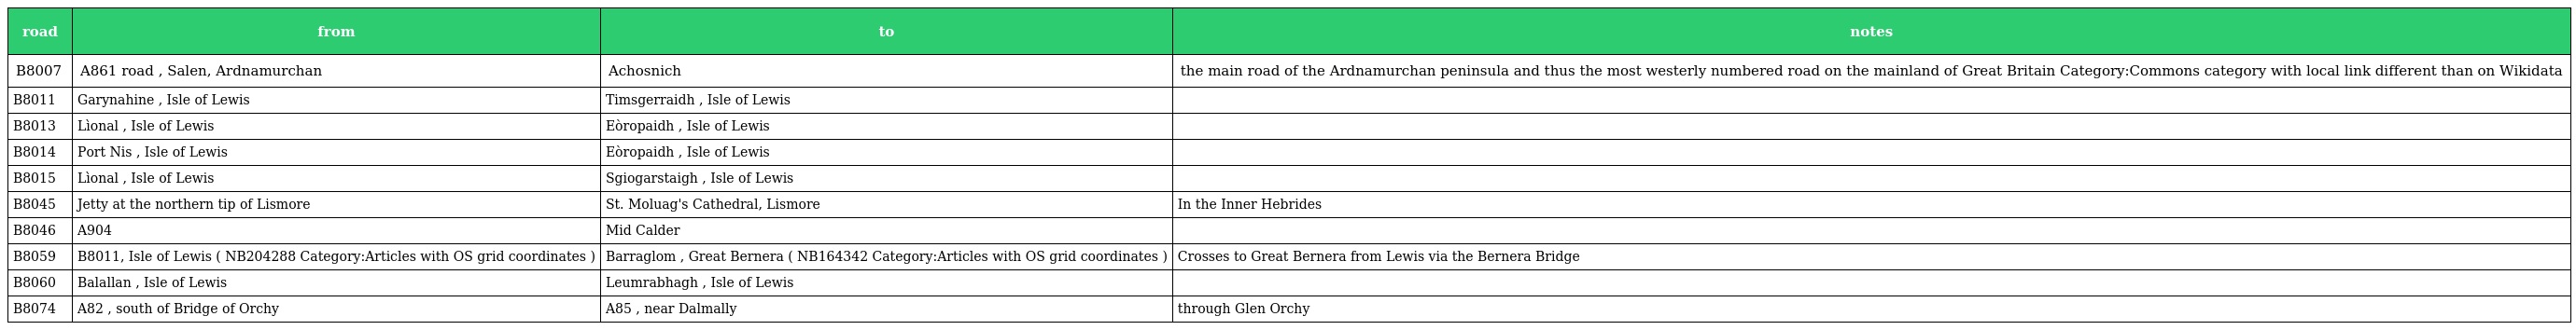
| road | from | to | notes |
 | --- | --- | --- | --- |
 | B8007 | A861 road , Salen, Ardnamurchan | Achosnich | the main road of the Ardnamurchan peninsula and thus the most westerly numbered road on the mainland of Great Britain Category:Commons category with local link different than on Wikidata |
 | B8011 | Garynahine , Isle of Lewis | Timsgerraidh , Isle of Lewis |  |
 | B8013 | Lìonal , Isle of Lewis | Eòropaidh , Isle of Lewis |  |
 | B8014 | Port Nis , Isle of Lewis | Eòropaidh , Isle of Lewis |  |
 | B8015 | Lìonal , Isle of Lewis | Sgiogarstaigh , Isle of Lewis |  |
 | B8045 | Jetty at the northern tip of Lismore | St. Moluag's Cathedral, Lismore | In the Inner Hebrides |
 | B8046 | A904 | Mid Calder |  |
 | B8059 | B8011, Isle of Lewis ( NB204288 Category:Articles with OS grid coordinates ) | Barraglom , Great Bernera ( NB164342 Category:Articles with OS grid coordinates ) | Crosses to Great Bernera from Lewis via the Bernera Bridge |
 | B8060 | Balallan , Isle of Lewis | Leumrabhagh , Isle of Lewis |  |
 | B8074 | A82 , south of Bridge of Orchy | A85 , near Dalmally | through Glen Orchy |